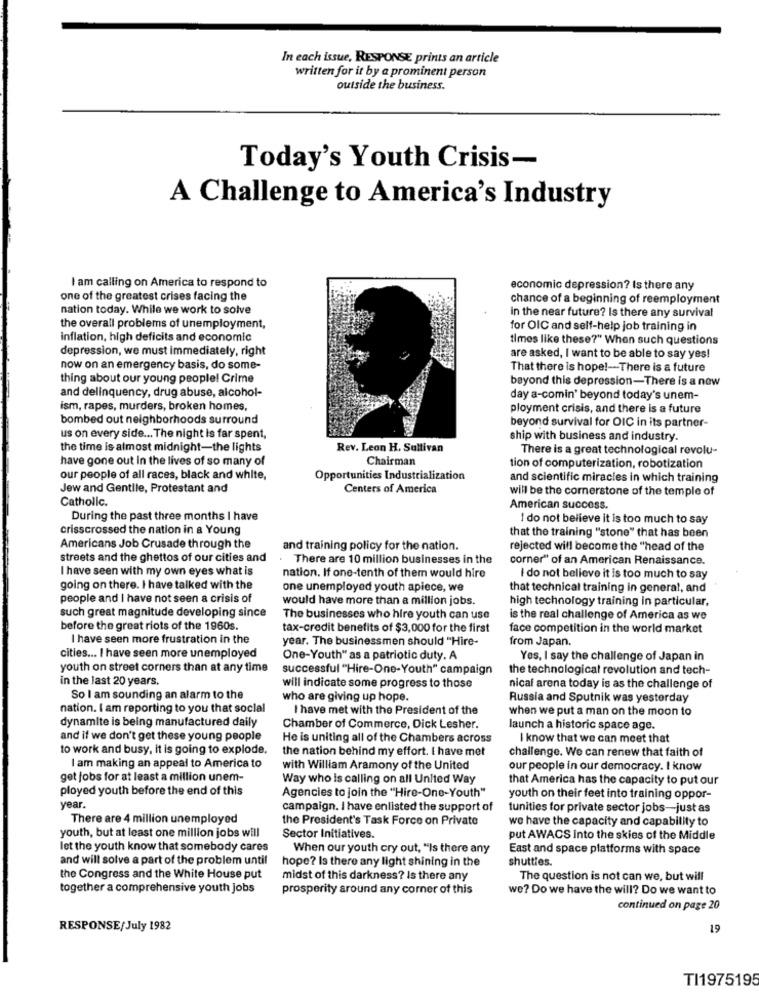
In each issue, RESPONSE prints an article
written for it by a prominent person
outside the business.
Today's Youth Crisis-
A Challenge to America's Industry
I am calling on America to respond to
economic depression? Is there any
one of the greatest crises facing the
chance of a beginning of reemployment
nation today. While we work to solve
in the near future? Is there any survival
the overall problems of unemployment,
for OIC and self-help job training in
inflation, high deficits and economic
times like these?" When such questions
depression, we must immediately, right
are asked, I want to be able to say yes!
now on an emergency basis, do some-
That there is hope !- There is a future
thing about our young people! Crime
beyond this depression-There is a now
and delinquency, drug abuse, alcohol-
day a-comin' beyond today's unem-
ism, rapes, murders, broken homes,
ployment crisis, and there is a future
bombed out neighborhoods surround
beyond survival for OIC in its partner-
us on every side ... The night is far spent,
ship with business and industry.
the time is almost midnight-the lights
Rev. Leon H. Sullivan
There is a great technological revolu-
have gone out In the lives of so many of
Chairman
tion of computerization, robotization
our people of all races, black and white,
Opportunities Industrialization
and scientific miracles in which training
Jew and Gentile, Protestant and
Centers of America
will be the cornerstone of the temple of
Catholic.
American success.
During the past three months I have
I do not believe it is too much to say
crisscrossed the nation in a Young
that the training "stone" that has been
Americans Job Crusade through the
and training policy for the nation.
rejected will become the "head of the
streets and the ghettos of our cities and
There are 10 million businesses in the
corner" of an American Renaissance.
I have seen with my own eyes what is
nation. If one-tenth of them would hire
I do not believe it is too much to say
going on there. I have talked with the
one unemployed youth apiece, we
that technical training in general, and
people and I have not seen a crisis of
would have more than a million jobs.
high technology training in particular,
such great magnitude developing since
The businesses who hire youth can use
is the real challenge of America as we
before the great riots of the 1960s.
tax-credit benefits of $3,000 for the first
face competition in the world market
I have seen more frustration in the
year. The businessmen should "Hire-
from Japan.
cities ... I have seen more unemployed
One-Youth" as a patriotic duty. A
Yes, I say the challenge of Japan in
youth on street corners than at any time
successful "Hire-One-Youth" campaign
the technological revolution and tech-
in the last 20 years.
will indicate some progress to those
nical arena today is as the challenge of
So I am sounding an alarm to the
who are giving up hope.
Russia and Sputnik was yesterday
nation. I am reporting to you that social
I have met with the President of the
when we put a man on the moon to
dynamite is being manufactured daily
Chamber of Commerce, Dick Lesher.
launch a historic space age.
and if we don't get these young people
He is uniting all of the Chambers across
I know that we can meet that
to work and busy, it is going to explode.
the nation behind my effort. I have met
challenge. We can renew that faith of
I am making an appeal to America to
with William Aramony of the United
our people in our democracy. I know
get jobs for at least a million unem-
Way who is calling on all United Way
that America has the capacity to put our
ployed youth before the end of this
Agencies to join the "Hire-One-Youth"
youth on their feet into training oppor-
year.
campaign. I have enlisted the support of
tunities for private sector jobs-just as
There are 4 million unemployed
the President's Task Force on Private
we have the capacity and capability to
youth, but at least one million jobs will
Sector Initiatives.
put AWACS Into the skies of the Middle
let the youth know that somebody cares
When our youth cry out, "Is there any
East and space platforms with space
and will solve a part of the problem until
hope? Is there any light shining in the
shuttles.
the Congress and the White House put
midst of this darkness? Is there any
The question is not can we, but will
together a comprehensive youth jobs
prosperity around any corner of this
we? Do we have the will? Do we want to
continued on page 20
RESPONSE/July 1982
19
TI1975195